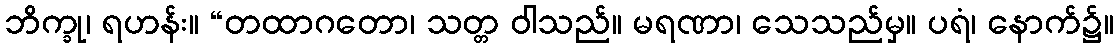
ဘိက္ခု၊ ရဟန်း။ “တထာဂတော၊ သတ္တ ဝါသည်။ မရဏာ၊ သေသည်မှ။ ပရံ၊ နောက်၌။